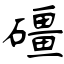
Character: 礓